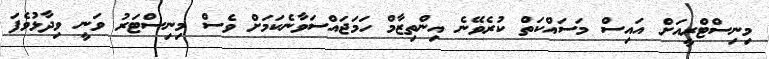
މިނިސްޓްރީއަށް އައިސް މަސައްކަތް ކުރެވޭނެ އިންތިޒާމް ހަމަޖައްސަވާނެކަމަށް ވެސް މިނިސްޓަރު ވަނީ ވިދާޅުވެފަ